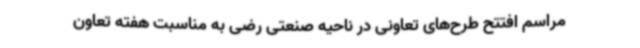
مراسم افتتح طرح‌های تعاونی در ناحیه صنعتی رضی به مناسبت هفته تعاون